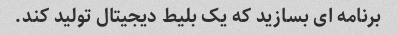
برنامه ای بسازید که یک بلیط دیجیتال تولید کند.